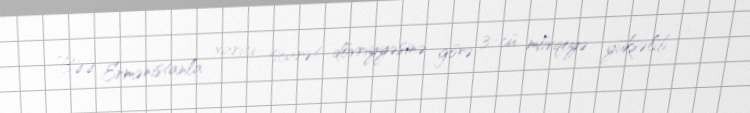
BƏƏ Ermənistanla xarici ticarət dövriyyəsinə görə 3-cü mövqeyə yüksəlib -